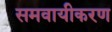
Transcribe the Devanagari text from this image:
समवायीकरण